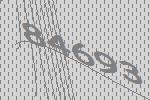
84693